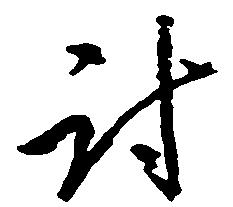
討